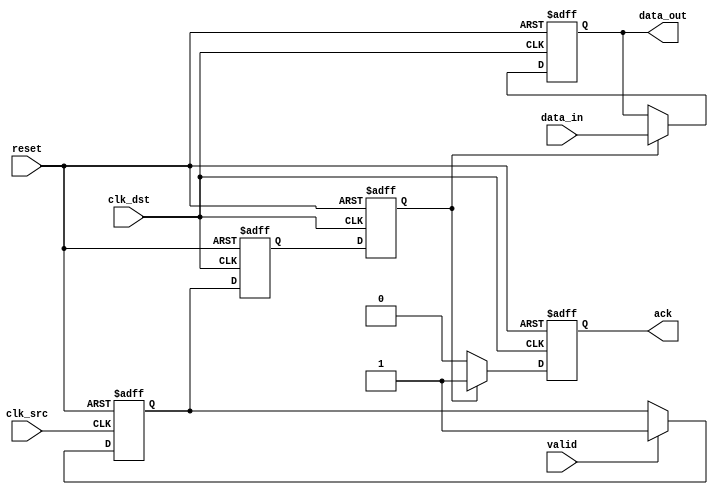
module handshake_synchronizer #
(
    parameter DATA_WIDTH = 8   // Parameter for the data width
)
(
    input wire clk_src,            // Source clock
    input wire clk_dst,            // Destination clock
    input wire reset,              // Asynchronous reset
    input wire [DATA_WIDTH-1:0] data_in, // Data input from source clock domain
    input wire valid,              // Valid signal from source
    output reg [DATA_WIDTH-1:0] data_out, // Synchronized data output to destination clock domain
    output reg ack                 // Acknowledgment signal to source clock domain
);

    // Internal signals
    reg valid_sync_1, valid_sync_2; // Sync registers for valid signal
    reg valid_reg;                   // Register to hold valid state

    // Asynchronous reset and synchronization of valid signal
    always @(posedge clk_src or posedge reset) begin
        if (reset) begin
            valid_reg <= 1'b0;
        end else begin
            if (valid) begin
                valid_reg <= 1'b1;     // Capture valid signal from source
            end
        end
    end

    // Dual flip-flop synchronizer for valid signal
    always @(posedge clk_dst or posedge reset) begin
        if (reset) begin
            valid_sync_1 <= 1'b0;
            valid_sync_2 <= 1'b0;
        end else begin
            valid_sync_1 <= valid_reg;   // Sample the valid signal
            valid_sync_2 <= valid_sync_1; // Second stage for metastability protection
        end
    end

    // Data output and acknowledgment logic
    always @(posedge clk_dst or posedge reset) begin
        if (reset) begin
            data_out <= 0;
            ack <= 1'b0; // Starts as not acknowledged
        end else begin
            // If the valid signal is synchronized and was high
            if (valid_sync_2) begin
                data_out <= data_in; // Output the data from source
                ack <= 1'b1; // Acknowledge the data transfer
            end else if (ack) begin
                // Wait for acknowledgment to be received before allowing new data
                ack <= 1'b0; // After sending acknowledgment, set it low
            end 
        end
    end

endmodule